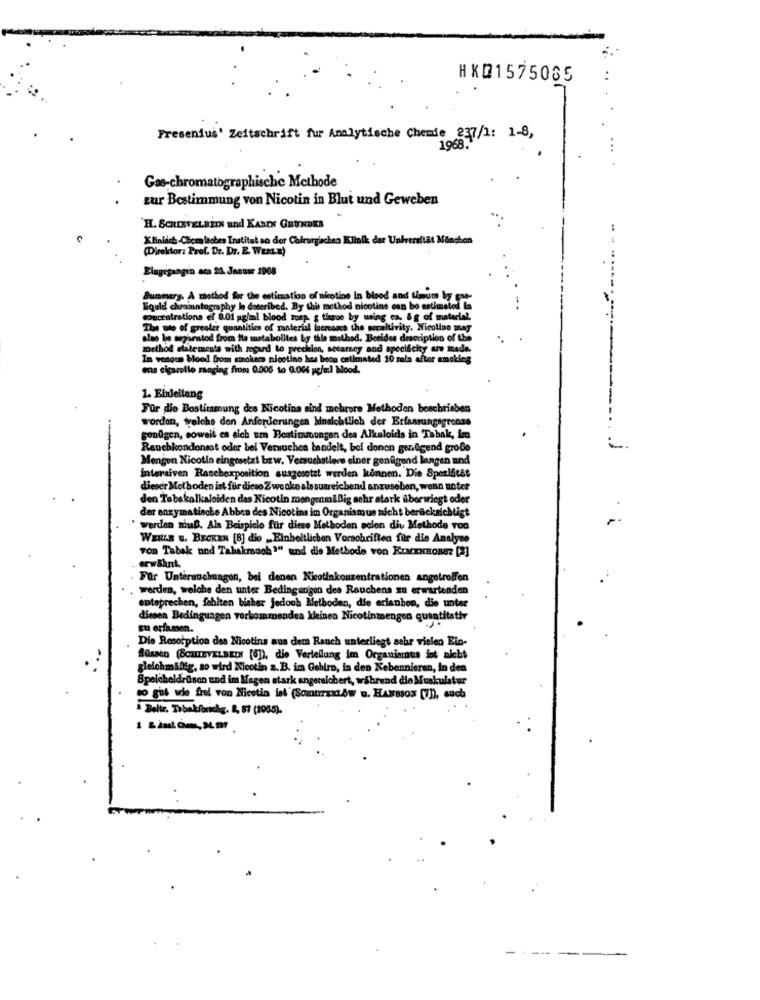
HXD1575065
Fresenius' Zeitschrift fur Analytische Chemie 237/1: 1-8,
Gae-chromatographische Methode
zur Bestimmung von Nicotin in Blut und Geweben
H. SCHIEFELBEIN and KAREN GRUNDER
Klinisch-Chem isches Institut so dor Colorgaches Klinik der Universität München
(Direldor: Prof. Dr. Dr. E. WEm.E)
Eingegangen aca 20. Januar 1908
Summary. A method for the estimation of nicotine In blood and timut by gae-
Equid chromatography le described. By this method nicotine can bo estimated
concentrations el 0.01 pgiml blood soep. ; tiagoe by using ca. &g of material.
The use of greater quantities of ranterial increase the seraitivity. Nic
also be separated from ite metabolites by this method. Besides description of the
method statements with regard to prechion, setarsey and specificity are me
In vanous blood from smokers nicotino hes bean cetim
me cigarolio ranging from 0.006 to 0.00 up/ud blood.
1. Ebieilang
Für die Bostimmung des Nicotina sind mehrere Methoden beschrieben
wordon, welche den Anforderungen Hinsichtlich der Erfassungsgrenze
genügen, soweit es sich um Bestinubungen dea Alkaloids in Tabak, im
---
Rauchkondonsst oder bei Versuchen bandelt, bei denen genügend große
Mengen Nicotin eingesetzt bzw. Versuchstiere einer genügend langen and
intersiven Ranchexposition susgesetzt werden können. Die Sperifitat
dieocr Methoden ist für diese Z we oke als ausreichend anzusebon, wenn unter
den Tabakalkaloiden des Nicotin mengenmäßig sehr stark überwiegt oder
der enzymatische Abben des Nicotins im Organismus nicht berücksichtigt
werden ninaB. Als Beispielo für diees Methoden acion div Methode Too
WEILLE .. BECKEN [8] die ,Einheitlichen Vorschriften für die Analyse
Ton Tabak und Tabakmach1" und die Methode von KIMENEORET [2]
erwähnt.
Für Untersuchungen, bei denen Nicotinkonzentrationen angetroffen
werden, welche den unter Bedingungen dea Rauchens zu erwartenden
entsprechen, fehlten bisher jedoch Methoden, die erianbon, die unter
diesen Bedingungen vorkommendes kleinen Nicotinmengen quantitativ
zu erfassen.
Die Resorption des Nicotina aus dem Ranch unterliegt sehr vielen Ein-
Bussen (SCHTEVELBED [6]), die Verteilung im Organismus ist nicht
gleichmäßig, so wird Nicotin z. B. im Gehirn, in den Nebennieren, in den
Speicheldrüsen und im Megen stark angereichert, während die Muskulatur
co gut wie frel von Nicotin ist (Somtrramów u. HANSSON [7]), such
Beltr. Tobakforiokg. 2, 57 (1955).